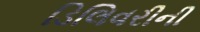
ડિલિવરીની